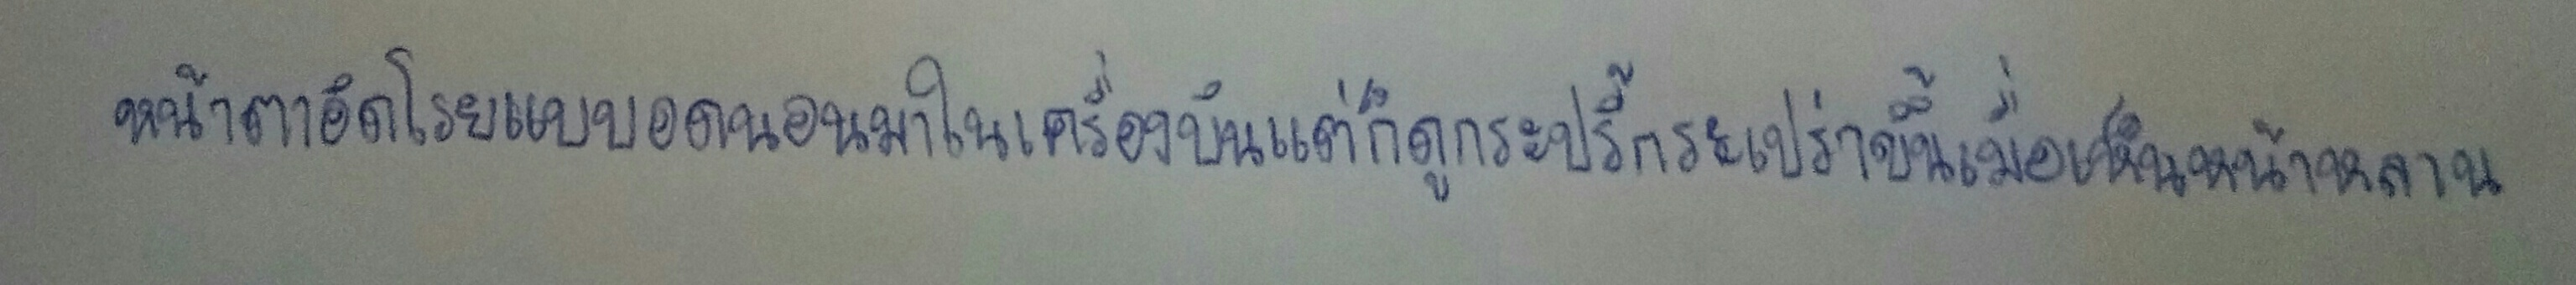
หน้าตาอิดโรยแบบอดนอนมาในเครื่องบินแต่ก็ดูกระปรี้กระเปร่าขึ้นเมื่อเห็นหน้าหลาน